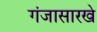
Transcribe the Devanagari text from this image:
गंजासारखे